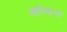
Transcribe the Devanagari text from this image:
सरियाना